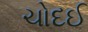
ચોદઈ